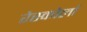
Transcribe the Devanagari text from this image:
रेस्कोर्ला